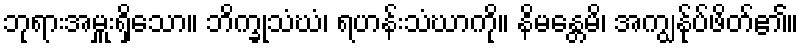
ဘုရားအမှူးရှိသော။ ဘိက္ခုသံဃံ၊ ရဟန်းသံဃာကို။ နိမန္တေမိ၊ အကျွန်ုပ်ဖိတ်၏။